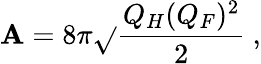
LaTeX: \mathbf{A}=8\pi\sqrt{}{{\frac{{Q_{H}(Q_{F})^{2}}}{{2}}}}\ ,